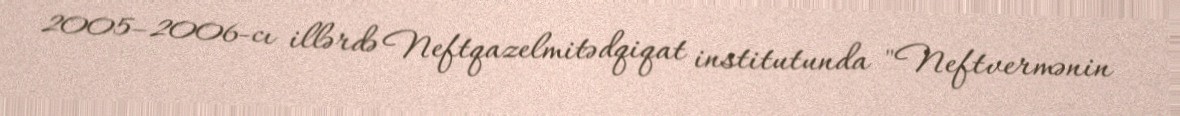
2005–2006-cı illərdə Neftqazelmitədqiqat institutunda "Neftvermənin